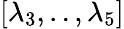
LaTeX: [\lambda_{3},..,\lambda_{5}]